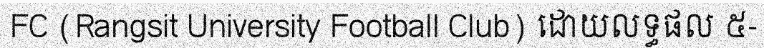
FC (Rangsit University Football Club) ដោយលទ្ធផល ៥-